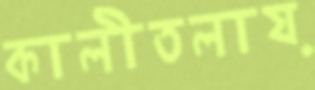
কালীতলায়